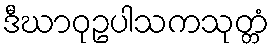
ဒီဃာဝုဥပါသကသုတ္တံ